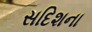
સદિશના